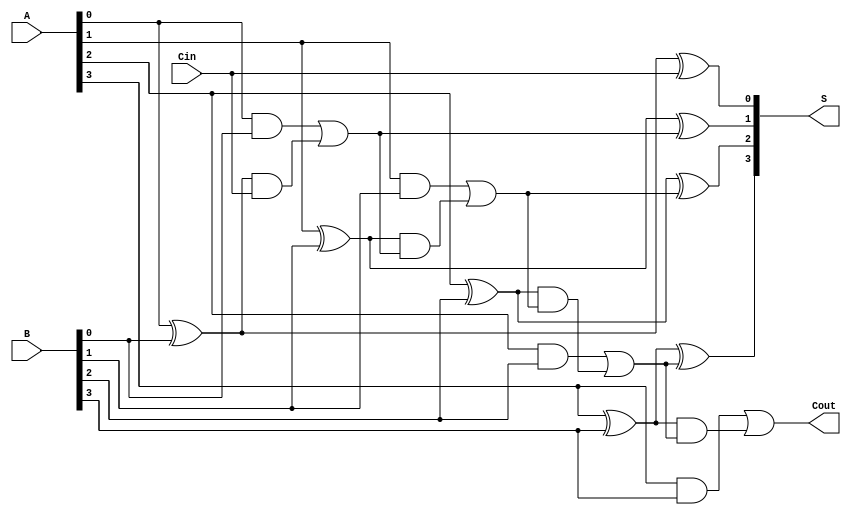
module carry_lookahead_adder #(
    parameter N = 4  // Number of bits
) (
    input  wire [N-1:0] A,      // First input
    input  wire [N-1:0] B,      // Second input
    input  wire Cin,             // Carry-in
    output wire [N-1:0] S,       // Sum output
    output wire Cout             // Carry-out
);

    // Generate and Propagate signals
    wire [N-1:0] G;  // Generate signals
    wire [N-1:0] P;  // Propagate signals
    wire [N:0] C;    // Carry signals

    // Generate and Propagate calculations
    genvar i;
    generate
        for (i = 0; i < N; i = i + 1) begin : gen_prop
            assign G[i] = A[i] & B[i];       // Generate
            assign P[i] = A[i] ^ B[i];       // Propagate
        end
    endgenerate

    // Carry calculations
    assign C[0] = Cin;  // C[0] is the initial carry-in
    generate
        for (i = 0; i < N; i = i + 1) begin : carry_calc
            if (i == 0) begin
                assign C[i+1] = G[i] | (P[i] & C[i]);
            end else begin
                assign C[i+1] = G[i] | (P[i] & C[i]);
            end
        end
    endgenerate

    // Sum calculation
    generate
        for (i = 0; i < N; i = i + 1) begin : sum_calc
            assign S[i] = P[i] ^ C[i];  // Sum
        end
    endgenerate

    // Carry-out
    assign Cout = C[N];  // Final carry-out

endmodule